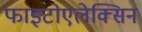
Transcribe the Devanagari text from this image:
फाइटोएलेक्सिन